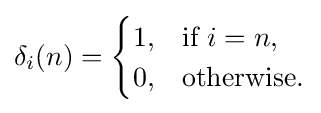
\delta _{i}(n)={\begin{cases}1,&{\text{if }}i=n,\\0,&{\text{otherwise.}}\end{cases}}